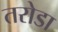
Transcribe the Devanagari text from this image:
तरोडा